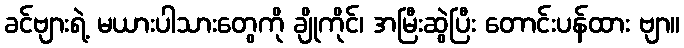
ခင်ဗျားရဲ့ မယားပါသားတွေကို ချိုကိုင်၊ အမြီးဆွဲပြီး တောင်းပန်ထား ဗျာ။